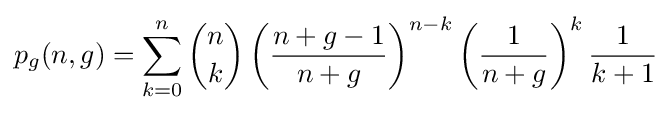
p_{g}(n,g)=\sum _{k=0}^{n}{\binom {n}{k}}\left({\frac {n+g-1}{n+g}}\right)^{n-k}\left({\frac {1}{n+g}}\right)^{k}{\frac {1}{k+1}}